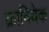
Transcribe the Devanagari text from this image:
क्रावियेक